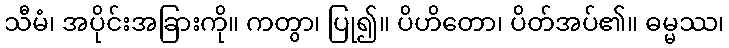
သီမံ၊ အပိုင်းအခြားကို။ ကတွာ၊ ပြု၍။ ပိဟိတော၊ ပိတ်အပ်၏။ ဓမ္မဿ၊